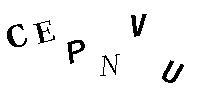
CEPNVU